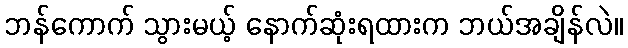
ဘန်ကောက် သွားမယ့် နောက်ဆုံးရထားက ဘယ်အချိန်လဲ။